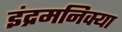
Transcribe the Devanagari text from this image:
इंद्रमनिक्या